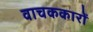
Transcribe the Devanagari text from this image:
वाचककारों